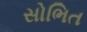
સોભિત